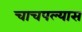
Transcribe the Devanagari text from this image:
चाचपल्यास